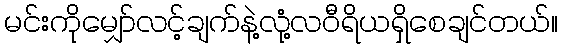
မင်းကိုမျှော်လင့်ချက်နဲ့လုံ့လဝီရိယရှိစေချင်တယ်။